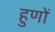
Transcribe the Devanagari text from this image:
हुणों